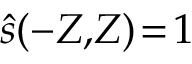
\hat { s } ( - Z , \! Z ) \! = \! 1